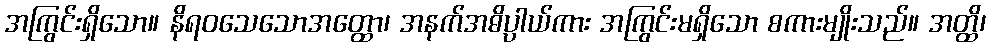
အကြွင်းရှိသော။ နိရဝသေသောအတ္ထော၊ အနက်အဓိပ္ပာယ်ကား အကြွင်းမရှိသော စကားမျိုးသည်။ အတ္ထိ၊